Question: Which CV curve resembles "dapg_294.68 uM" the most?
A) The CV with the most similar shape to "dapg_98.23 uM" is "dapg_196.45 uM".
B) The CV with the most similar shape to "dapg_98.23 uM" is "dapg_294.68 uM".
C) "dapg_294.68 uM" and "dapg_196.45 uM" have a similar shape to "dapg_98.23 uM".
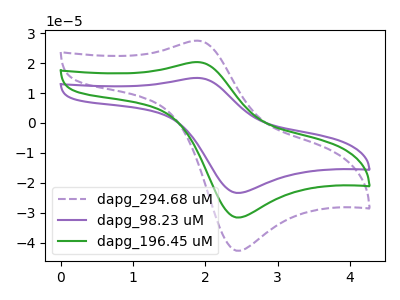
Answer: <think>The purple dashed curve "dapg_294.68 uM" has an anodic peak at (1.90V, 40.65uA) and a cathodic peak at (2.45V, -63.10uA). The purple curve "dapg_98.23 uM" has an anodic peak at (1.90V, 15.05uA) and a cathodic peak at (2.45V, -23.35uA). The green curve "dapg_196.45 uM" has an anodic peak at (1.90V, 20.35uA) and a cathodic peak at (2.45V, -31.55uA).
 All the peaks in "dapg_294.68 uM" have a peak in "dapg_98.23 uM" at the same potential. Every peak in "dapg_294.68 uM" is higher than every peak in "dapg_98.23 uM". All the peaks in "dapg_294.68 uM" have a peak in "dapg_196.45 uM" at the same potential. Every peak in "dapg_294.68 uM" is higher than every peak in "dapg_196.45 uM". All the peaks in "dapg_98.23 uM" have a peak in "dapg_196.45 uM" at the same potential. Every peak in "dapg_98.23 uM" is lower than every peak in "dapg_196.45 uM".</think>
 <answer>C) "dapg_294.68 uM" and "dapg_196.45 uM" have a similar shape to "dapg_98.23 uM".</answer>
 <eval>C</eval>